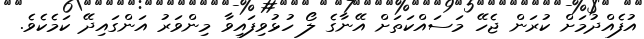
އުފެއްދުމަށް ކުރަން ޖެހޭ މަސައްކަތަށް އޭނާގެ ލޯ ހުޅުވިފައިވާ މިންވަރު އަންގައިދޭ ކަމެކެވެ.